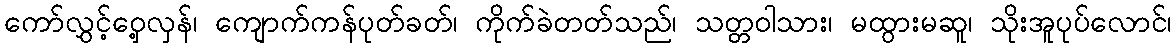
ကော်လွှင့်ဝှေ့လှန်၊ ကျောက်ကန်ပုတ်ခတ်၊ ကိုက်ခဲတတ်သည်၊ သတ္တဝါသား၊ မထွားမဆူ၊ သိုးအူပုပ်လောင်၊